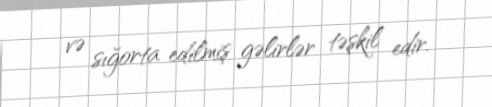
və sığorta edilmiş gəlirlər təşkil edir.